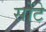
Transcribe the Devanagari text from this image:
सोंटे